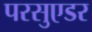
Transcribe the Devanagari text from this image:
परसुएडर